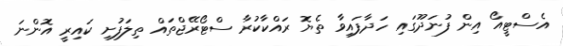
އެސްޓީއޯ އިން ފުނަދޫގައި ހަދާފައިވާ ތެޔޮ ރައްކާކުރާ ސްޓޯރޭޖްތައް ތިލަފުށި ކައިރީ އޮންނަ